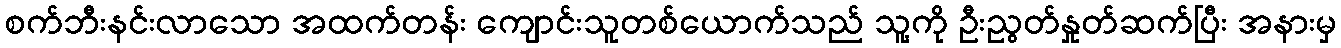
စက်ဘီးနင်းလာသော အထက်တန်း ကျောင်းသူတစ်ယောက်သည် သူ့ကို ဦးညွတ်နှုတ်ဆက်ပြီး အနားမှ